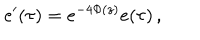
e ^ { \prime } ( \tau ) = e ^ { - 4 \Phi ( z ) } e ( \tau ) \, ,